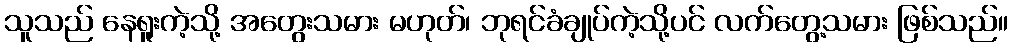
သူသည် နေရူးကဲ့သို့ အတွေးသမား မဟုတ်၊ ဘုရင်ခံချုပ်ကဲ့သို့ပင် လက်တွေ့သမား ဖြစ်သည်။